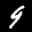
Label: 9